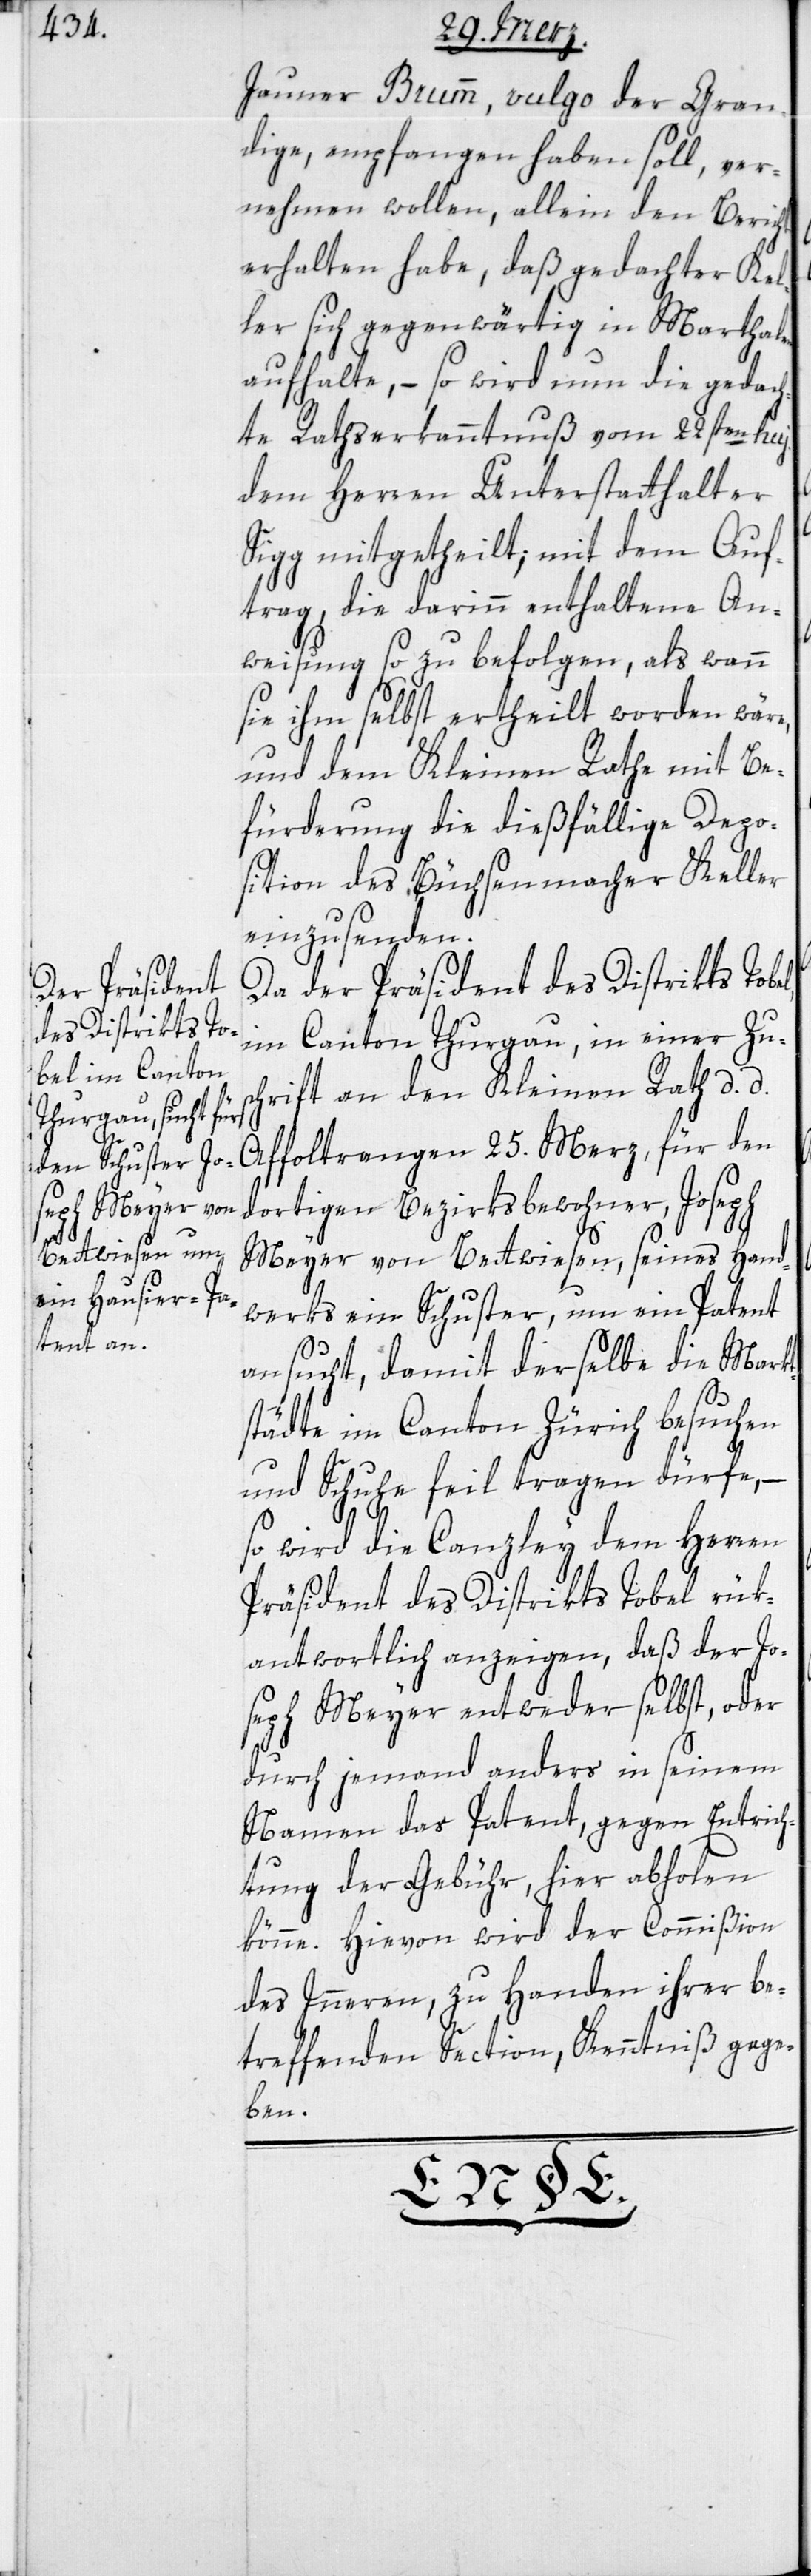
25. Merz,
Jauner Brumm, vulgo der Gran¬
dige, empfangen haben soll, ver¬
nehmen wollen, allein den Bericht
erhalten habe, daß gedachter Kel¬
ler sich gegenwärtig in Marthalen
aufhalte, – so wird nun die gedac¬
hte Rathserkanntnuß vom 22sten huj.
dem Herren Unterstatthalter
Sigg mitgetheilt; mit dem Auf¬
trag, die darinn enthaltene An¬
weisung so zu befolgen, als wann
sie ihm selbst ertheilt worden wäre,
und dem Kleinen Rathe mit Be¬
fürderung die dießfällige Depo¬
sition des Büchsenmacher Keller
einzusenden.
Da der Präsident des Distrikts To¬
im Canton Thurgau, in einer Zus¬
chrift an den Kleinen Rath, d. d.
dortigen Bezirksbewohner, Joseph
Meyer von Bettwiesen, seines Hand¬
werks ein Schuster, um ein Patent
ansucht, damit derselbe die Markt¬
städte im Canton Zürich besuchen
und Schuhe feil tragen dürfe,
so wird die Canzley dem Herren
Präsident des Distrikts Tobel rük¬
antwortlich anzeigen, daß der Jo¬
seph Meyer entweder selbst, oder
durch jemand anders in seinem
Namen das Patent, gegen Entrich¬
tung der Gebühr, hier abholen
könne. Hievon wird der Commißion
des Inneren, zu Handen ihrer be¬
treffenden Section, Kenntniß gege¬
ben.